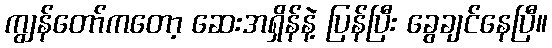
ကျွန်တော်ကတော့ ဆေးအရှိန်နဲ့ ပြန်ပြီး ခွေချင်နေပြီ။